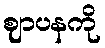
ဈာပနကို